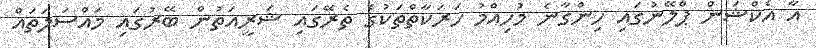
އާ އެކްޝަން ޕްލޭނުގައި ހިންގާނެ މުހިއްމު ހަރަކާތްތަކުގެ ތެރޭގައި ޝަރީއަތުން ބޭރުގައި މައްސަލަތައް